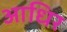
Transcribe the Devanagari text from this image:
आधिर